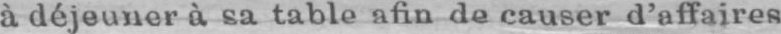
à déjeuner à sa table afin de causer d’affaires